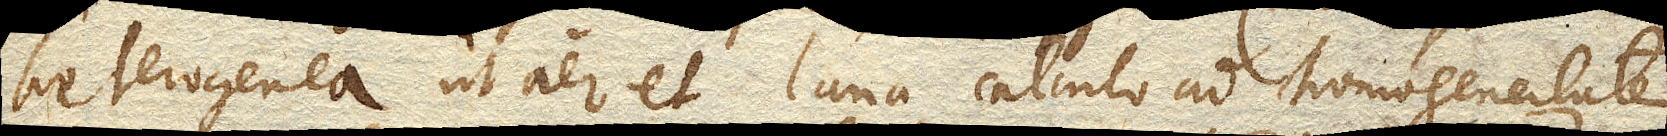
heterogenea ut aer et lana, calculo ad homogeneitatem